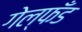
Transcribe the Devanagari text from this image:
गेल्फँड